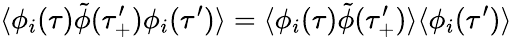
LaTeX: \langle\phi_{i}(\tau)\tilde{\phi}(\tau_{+}^{\prime})\phi_{i}(\tau^{\prime})\rangle=\langle\phi_{i}(\tau)\tilde{\phi}(\tau_{+}^{\prime})\rangle\langle\phi_{i}(\tau^{\prime})\rangle